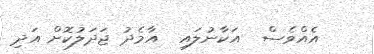
އެއްވެސް  އަކާނުލައި  އާމެދު ޖަދަލުކޮށް އަދި